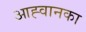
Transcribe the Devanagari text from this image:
आह्वानका